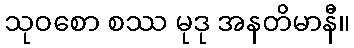
သုဝစော စဿ မုဒု အနတိမာနီ။